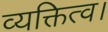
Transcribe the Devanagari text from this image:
व्यक्तित्व।